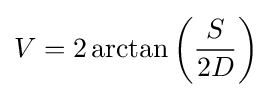
V=2\arctan \left({\frac {S}{2D}}\right)